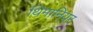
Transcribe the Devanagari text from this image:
थिमानियर